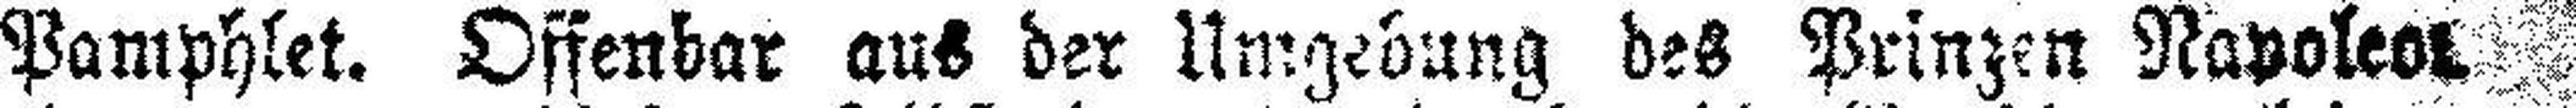
Pamphlet. Offenbar aus der Umgebung des Prinzen Napoleon